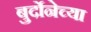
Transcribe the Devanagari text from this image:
बुर्दोनेच्या